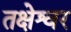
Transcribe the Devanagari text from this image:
तक्षेश्वर